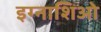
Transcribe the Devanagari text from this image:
इग्नाशिओ